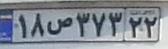
۱۸ص۳۷۳۲۲